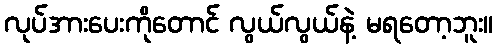
လုပ်အားပေးကိုတောင် လွယ်လွယ်နဲ့ မရတော့ဘူး။